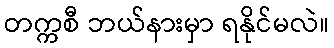
တက္ကစီ ဘယ်နားမှာ ရနိုင်မလဲ။